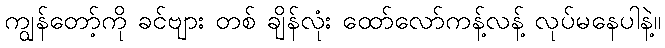
ကျွန်တော့်ကို ခင်ဗျား တစ် ချိန်လုံး ထော်လော်ကန့်လန့် လုပ်မနေပါနဲ့။